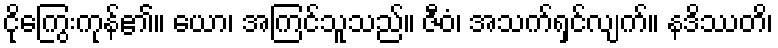
ငိုကြွေးကုန်၏။ ယော၊ အကြင်သူသည်။ ဇီဝံ၊ အသက်ရှင်လျက်။ နဒိဿတိ၊